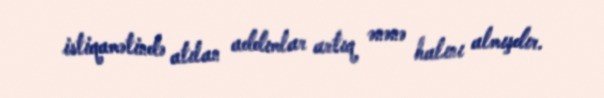
istiqamətində atılan addımlar artıq ənənə halını almışdır.